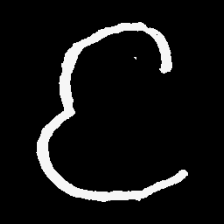
Pyu character \u2014 Myanmar letter: င (romanized: nga)